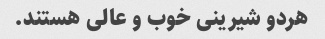
هردو شیرینی خوب و عالی هستند.